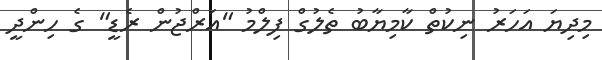
މިދިޔަ އަހަރު ނިކުތް ކާމިޔާބު ތެލުގް ފިލްމު "އަރްޖުން ރެޑީ" ގެ ހިންދީ